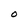
Character: O